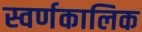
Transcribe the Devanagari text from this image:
स्वर्णकालिक